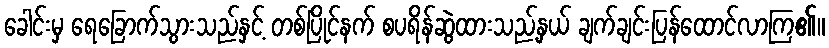
ခေါင်းမှ ရေခြောက်သွားသည်နှင့် တစ်ပြိုင်နက် စပရိန်ဆွဲထားသည့်နှယ် ချက်ချင်းပြန်ထောင်လာကြ၏။